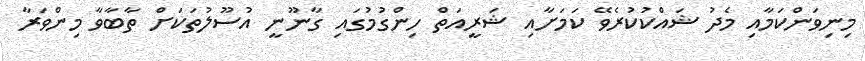
މިނިވަންކަމާއި މެދު ޝައްކުކުރެވޭ ކަމަށާއި ޝަރީއަތް ހިންގުމުގައި ގާނޫނީ އުސޫލުތަކަށް ތާބާވާ މިންވަރާ